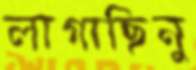
লাগাছিনু